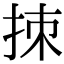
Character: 拺